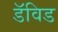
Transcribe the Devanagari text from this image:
डॅविड